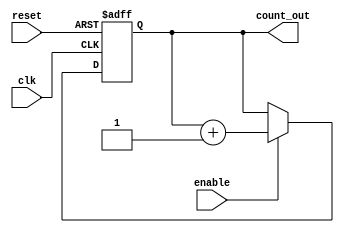
module Johnson_Counter_with_Enable (
    input wire clk,
    input wire reset,
    input wire enable,
    output reg [3:0] count_out
);

reg [3:0] count_reg;

always @(posedge clk or posedge reset) begin
    if (reset) begin
        count_reg <= 4'b0000;
    end else begin
        if (enable) begin
            count_reg <= count_reg + 4'b0001;
        end
    end
end

assign count_out = count_reg;

endmodule